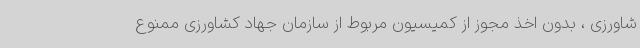
شاورزی ، بدون اخذ مجوز از کمیسیون مربوط از سازمان جهاد کشاورزی ممنوع